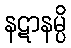
နဋာနမ္ပိ